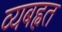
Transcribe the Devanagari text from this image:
व्यबह्वत